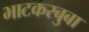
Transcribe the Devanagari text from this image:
भाटकरबुबा